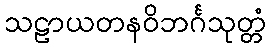
သဠာယတနဝိဘင်္ဂသုတ္တံ